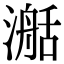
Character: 𣽰